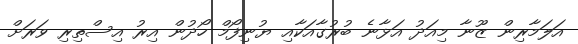
އަލަމާރިން ޒޫނާ މިއަދު އަޅާނެ ބުރުގާއަކާއި ޔުނިފޯމް ހޯދުން އިރު އިސްތިރި ވަރަށް